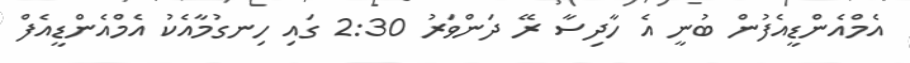
އެމްއެންޑީއެފުން ބުނީ އެ ހާދިސާ ރޭ ދަންވަރު 2:30 ގައި ހިނގުމާއެކު އެމްއެންޑީއެފް